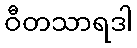
ဝီတသာရဒါ